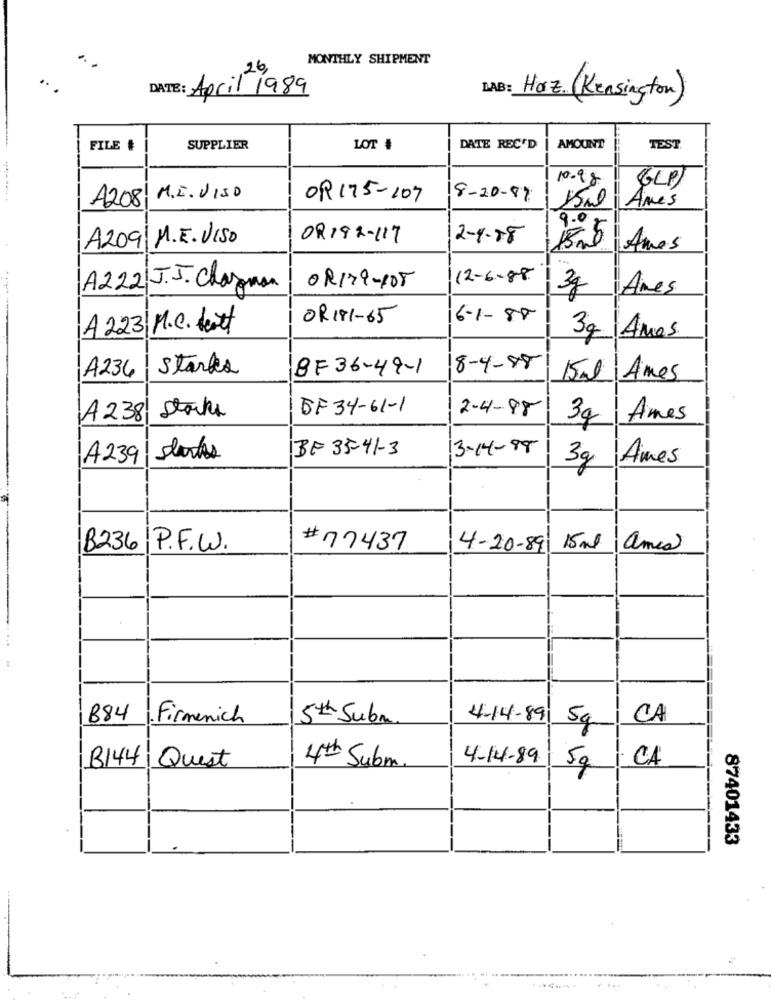
MONTHLY SHIPMENT
,26,
..
DATE: April 1989
LAB: Harz. (Kensington)
FILE #
SUPPLIER
LOT #
DATE REC'D
AMOUNT
TEST
10.98
(GLP )
........
A2081
M.E. VISO
OR 175-107
8-20-87
15ml
Amés
9.0
A209| M.E. VISO
OR192-117
2-4-88
15ml Ames
...
12-6-88
A222 J.J. Chapman
OR179-105
3g Anes
OR 191-65
6-1-85
A 223/M.C. tett
3g Amas.
Starkes
BF 36-49-1
8-4-88
A236
15ml Ames
OF 34-61-1
2-4-98
A238 Starke
3g / Ames
BE 35-41-3
3- 14- 88
A239
3g Ames
B236 P.F.W.
# 17437
4-20-89
15ml amis
B84
. Firmenich
5th Subm
4-14-89
CA
5g
B144
4-14-89
I. CA
Quest
4th Subm.
5g
87401433